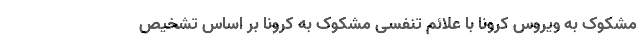
مشکوک به ویروس کرونا با علائم تنفسی مشکوک به کرونا بر اساس تشخیص